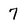
Character: 7